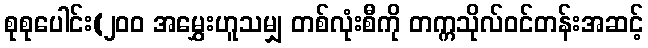
စုစုပေါင်း(၂၀၀ အမွှေးဟူသမျှ တစ်လုံးစီကို တက္ကသိုလ်ဝင်တန်းအဆင့်